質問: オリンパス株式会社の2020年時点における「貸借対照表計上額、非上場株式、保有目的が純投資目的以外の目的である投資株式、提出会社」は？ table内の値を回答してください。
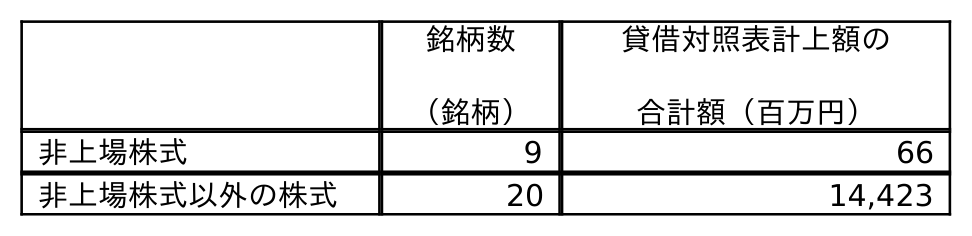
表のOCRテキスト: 銘柄数 （銘柄） 貸借対照表計上額の 合計額（百万円） 非上場株式 9 66 非上場株式以外の株式 20 14,423
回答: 66